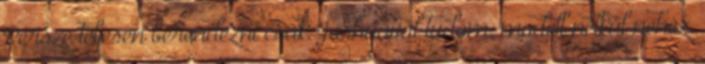
Persze teljesen berendezni csak Joshuával tudom, modell nélkül nehéz.